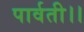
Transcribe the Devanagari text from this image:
पार्वती।।